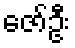
ဇော်ဦး